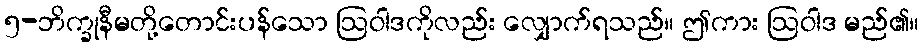
၅-ဘိက္ခုနီမတို့တောင်းပန်သော ဩဝါဒကိုလည်း လျှောက်ရသည်။ ဤကား ဩဝါဒ မည်၏။